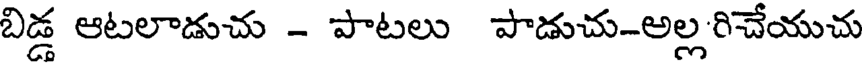
బిడ్డ ఆటలాడుచు - పాటలు పాడుచు-అల్లరిచేయుచు